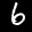
Label: 6